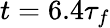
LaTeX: t=6.4\tau_{f}